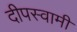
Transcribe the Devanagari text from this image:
दीपस्वामी